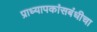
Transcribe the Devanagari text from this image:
प्राध्यापकांसबंधीचा